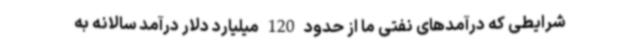
شرایطی که درآمدهای نفتی ما از حدود 120 میلیارد دلار درآمد سالانه به